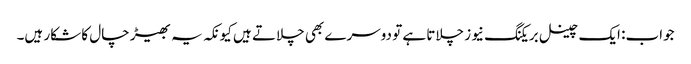
جواب: ایک چینل بریکنگ نیوز چلاتا ہے تو دوسرے بھی چلاتے ہیں کیونکہ یہ بھیڑ چال کا شکار ہیں۔